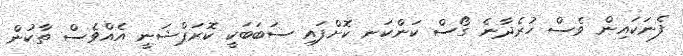
ފެނަަކައިން ވެސް ހުރެދާނެ ގޯސް ކަންކަނ ކޮށްފައި ސަބަބަކީ ކޮރަޕްޝަނީ އެއްވެސް ތާކުން